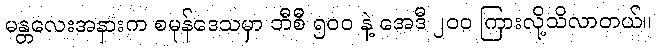
မန္တလေးအနားက စမုန်ဒေသမှာ ဘီစီ ၅ဝဝ နဲ့ အေဒီ ၂ဝဝ ကြားလို့သိလာတယ်။